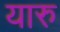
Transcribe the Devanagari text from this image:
यारु